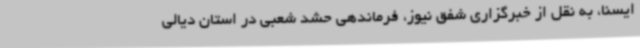
ایسنا، به نقل از خبرگزاری شفق نیوز، فرماندهی حشد شعبی در استان دیالی